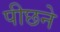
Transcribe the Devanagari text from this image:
पीछने